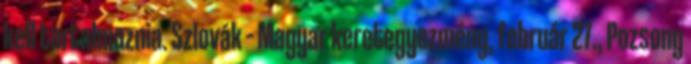
kell tartalmaznia. Szlovák – Magyar keretegyezmény, február 27., Pozsony